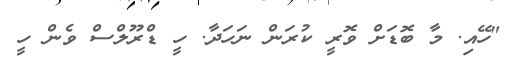
"ހޭއި. މާ ބޮޑަށް ވޮރީ ކުރަން ނަހަދާ. ހީ ޑްރޫލްސް ވެން ހީ